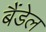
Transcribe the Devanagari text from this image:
बैंडेल